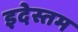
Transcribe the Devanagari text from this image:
इदेस्तम